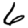
Digit: 6